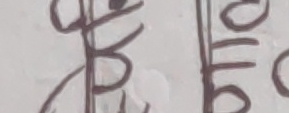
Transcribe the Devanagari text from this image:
ब छ छ